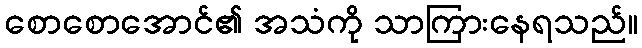
စောစောအောင်၏ အသံကို သာကြားနေရသည်။